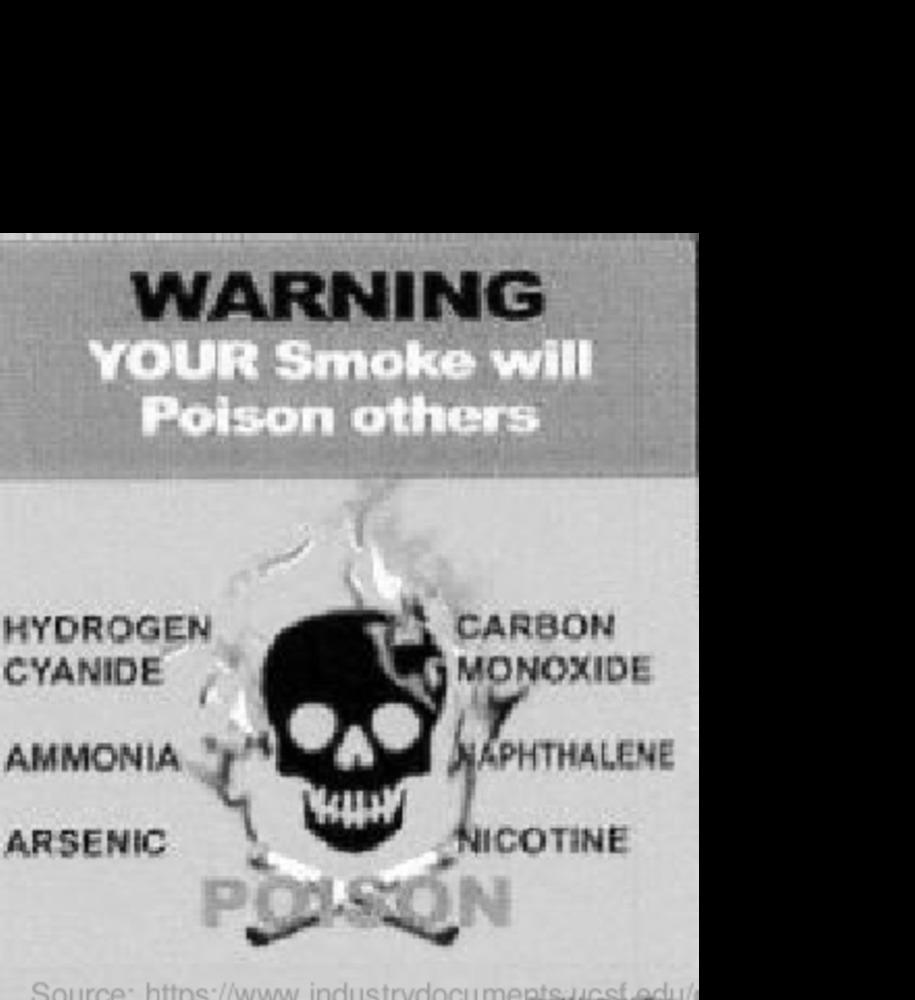
WARNING
YOUR Smoke will
Poison others
HYDROGEN
CARBON
CYANIDE
MONOXIDE
AMMONIA
NAPHTHALENE
ALENE
ARSENIC
NICOTINE
POISON
Source: https://www.industrydocuments-ucsf.odu!